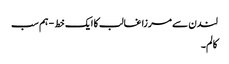
لندن سے مرزا غالب کا ایک خط - ہم سب
کالم۔